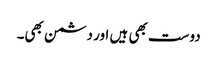
دوست بھی ہیں اور دشمن بھی۔